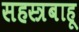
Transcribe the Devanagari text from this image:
सहस्त्रबाहू